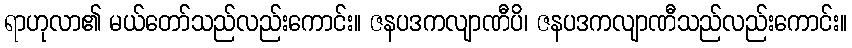
ရာဟုလာ၏ မယ်တော်သည်လည်းကောင်း။ ဇနပဒကလျာဏီပိ၊ ဇနပဒကလျာဏီသည်လည်းကောင်း။